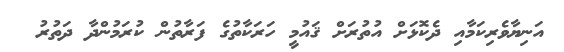
އަނިޔާވެރިކަމާއި ދެކޮޅަށް އުތުރަށް ޤައުމީ ހަރަކާތުގެ ފަރާތުން ކުރަމުންދާ ދަތުރު